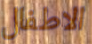
الاطفال